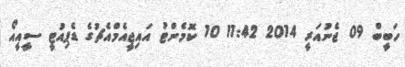
ހަބީބް 09 ޖެނުއަރީ 2014 11:42 10 ކޮމެންޓު އައިޖީއެމްއެޗުގެ ޑެޕިއުޓީ ސީއީއޯ